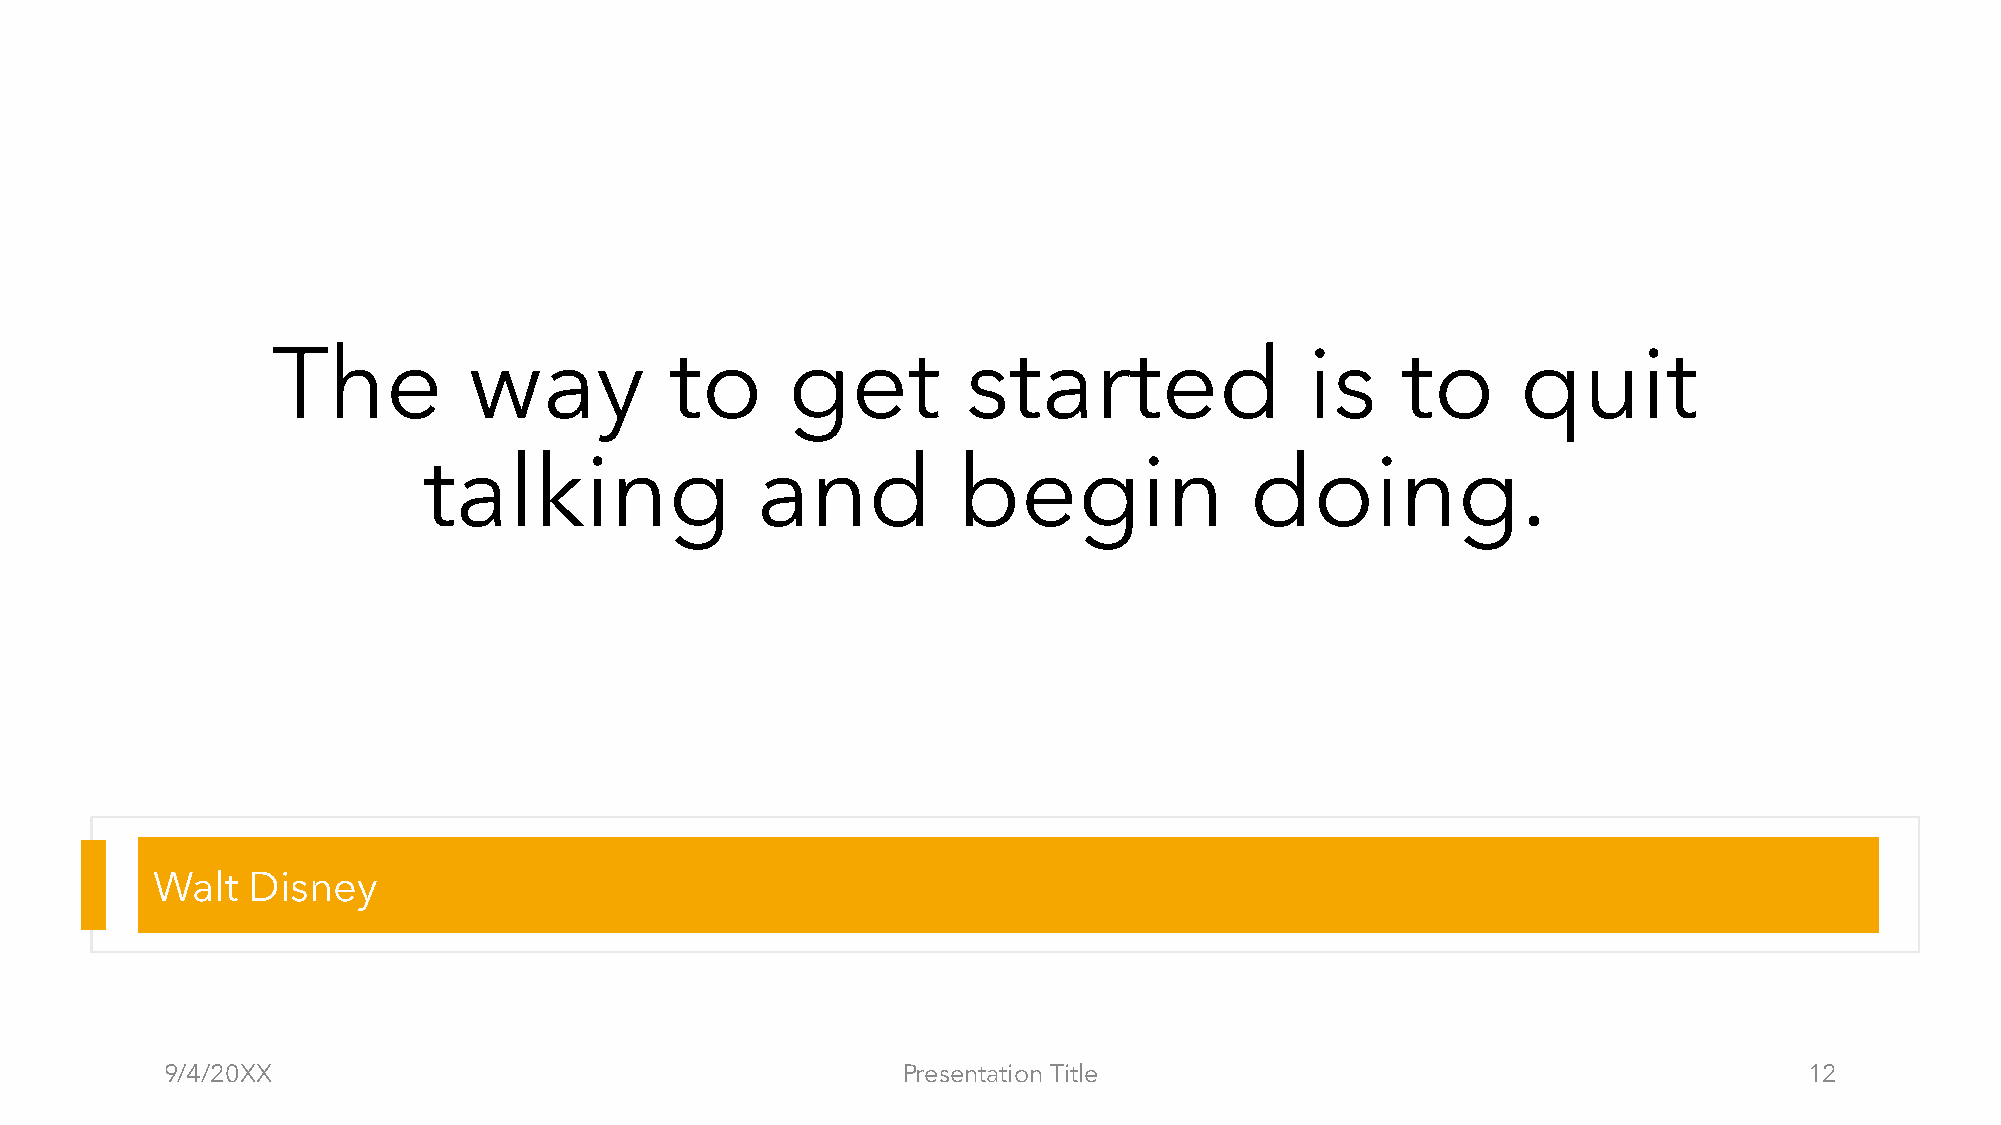
The          way          to      get         started                is    to      quit
 talking               and          begin               doing.
 Walt  Disney
 9/4/20XX                                         Presentation Title                                          12